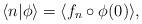
LaTeX: \begin{align*}\langle n|\phi\rangle=\langle f_{n}\circ\phi(0)\rangle,\end{align*}